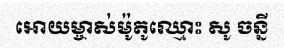
អោយម្ចាស់ម៉ូតូឈ្មោះ សូ ចន្នី